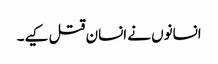
انسانوں نے انسان قتل کیے۔